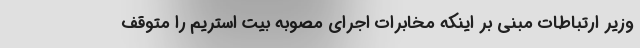
وزیر ارتباطات مبنی بر اینکه مخابرات اجرای مصوبه بیت استریم را متوقف